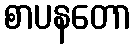
စာပနတော